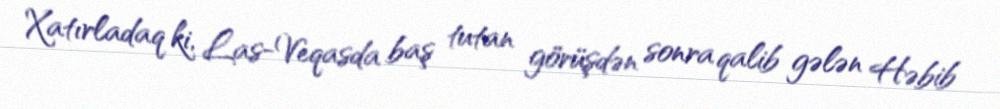
Xatırladaq ki, Las-Veqasda baş tutan görüşdən sonra qalib gələn Həbib